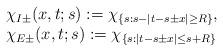
LaTeX: \begin{align*}\begin{array}{l}\chi_{I\pm}(x,t;s):=\chi_{\{s: s-|t-s\pm x|\ge R\}},\\\chi_{E\pm}(x,t;s):=\chi_{\{s: |t-s\pm x|\le s+R\}}\end{array}\end{align*}